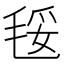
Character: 𣮄